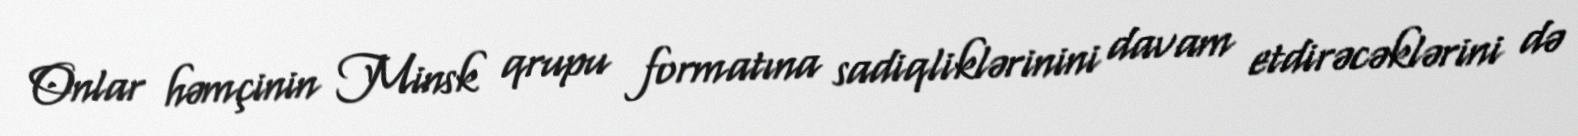
Onlar həmçinin Minsk qrupu formatına sadiqliklərinini davam etdirəcəklərini də